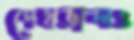
দেখভালও